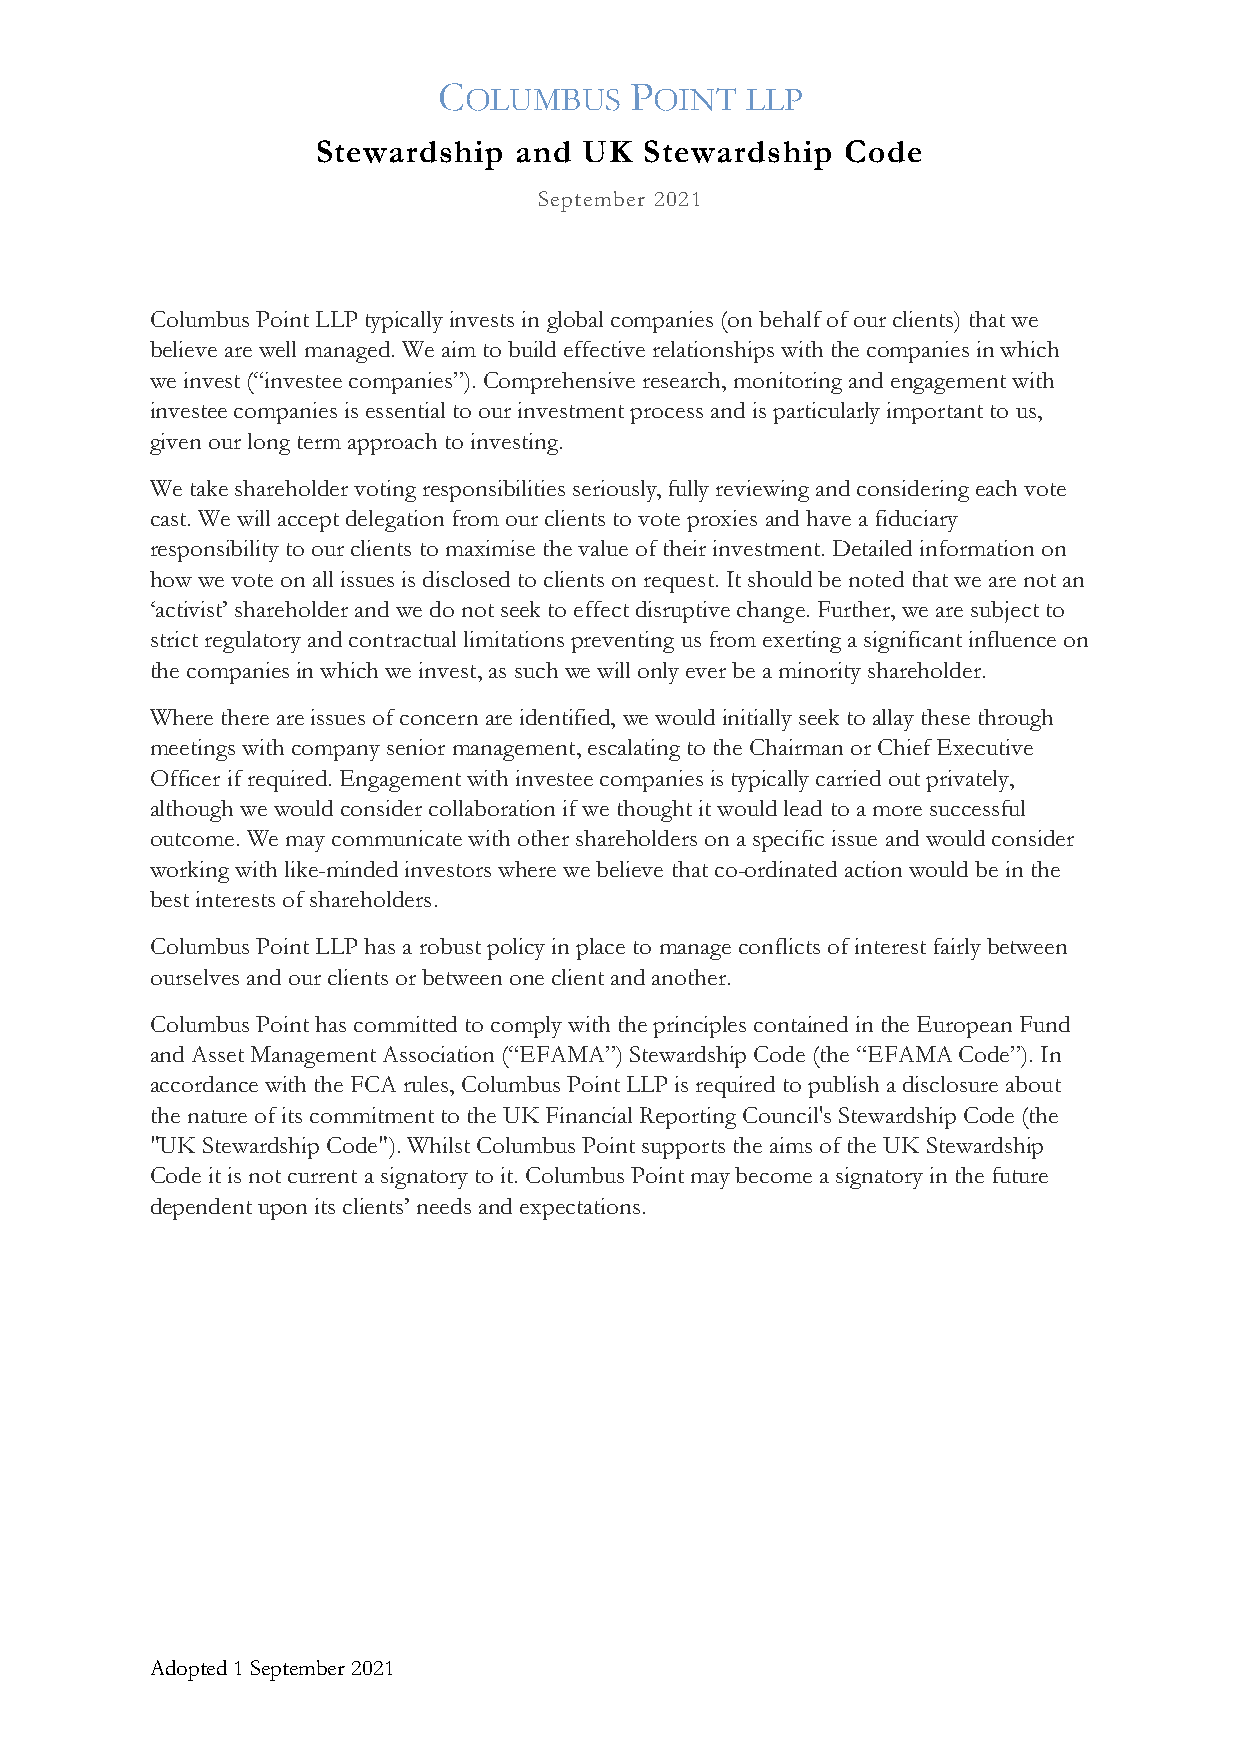
C            P
 OLUMBUS     OINT  LLP
 Stewardship  and  UK  Stewardship  Code
 September 2021
 Columbus Point LLP typically invests in global companies (on behalf of our clients) that we
 believe are well managed. We aim to build effective relationships with the companies in which
 we invest (“investee companies”). Comprehensive research, monitoring and engagement with
 investee companies is essential to our investment process and is particularly important to us,
 given our long term approach to investing.
 We take shareholder voting responsibilities seriously, fully reviewing and considering each vote
 cast. We will accept delegation from our clients to vote proxies and have a fiduciary
 responsibility to our clients to maximise the value of their investment. Detailed information on
 how we vote on all issues is disclosed to clients on request. It should be noted that we are not an
 ‘activist’ shareholder and we do not seek to effect disruptive change. Further, we are subject to
 strict regulatory and contractual limitations preventing us from exerting a significant influence on
 the companies in which we invest, as such we will only ever be a minority shareholder.
 Where there are issues of concern are identified, we would initially seek to allay these through
 meetings with company senior management, escalating to the Chairman or Chief Executive
 Officer if required. Engagement with investee companies is typically carried out privately,
 although we would consider collaboration if we thought it would lead to a more successful
 outcome. We may communicate with other shareholders on a specific issue and would consider
 working with like-minded investors where we believe that co-ordinated action would be in the
 best interests of shareholders.
 Columbus Point LLP has a robust policy in place to manage conflicts of interest fairly between
 ourselves and our clients or between one client and another.
 Columbus Point has committed to comply with the principles contained in the European Fund
 and Asset Management Association (“EFAMA”) Stewardship Code (the “EFAMA Code”). In
 accordance with the FCA rules, Columbus Point LLP is required to publish a disclosure about
 the nature of its commitment to the UK Financial Reporting Council's Stewardship Code (the
 "UK Stewardship Code"). Whilst Columbus Point supports the aims of the UK Stewardship
 Code it is not current a signatory to it. Columbus Point may become a signatory in the future
 dependent upon its clients’ needs and expectations.
 Adopted 1 September 2021